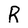
Character: R